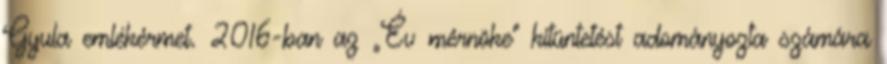
Gyula emlékérmet. 2016-ban az „Év mérnöke” kitüntetést adományozta számára